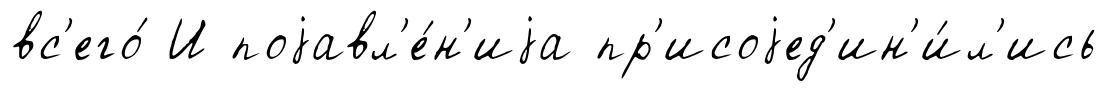
вс'его́ И поjавл'е́н'иjа пр'исоjед'ин'и́л'ись